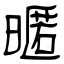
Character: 暱